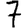
Digit: 7